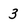
Character: 3